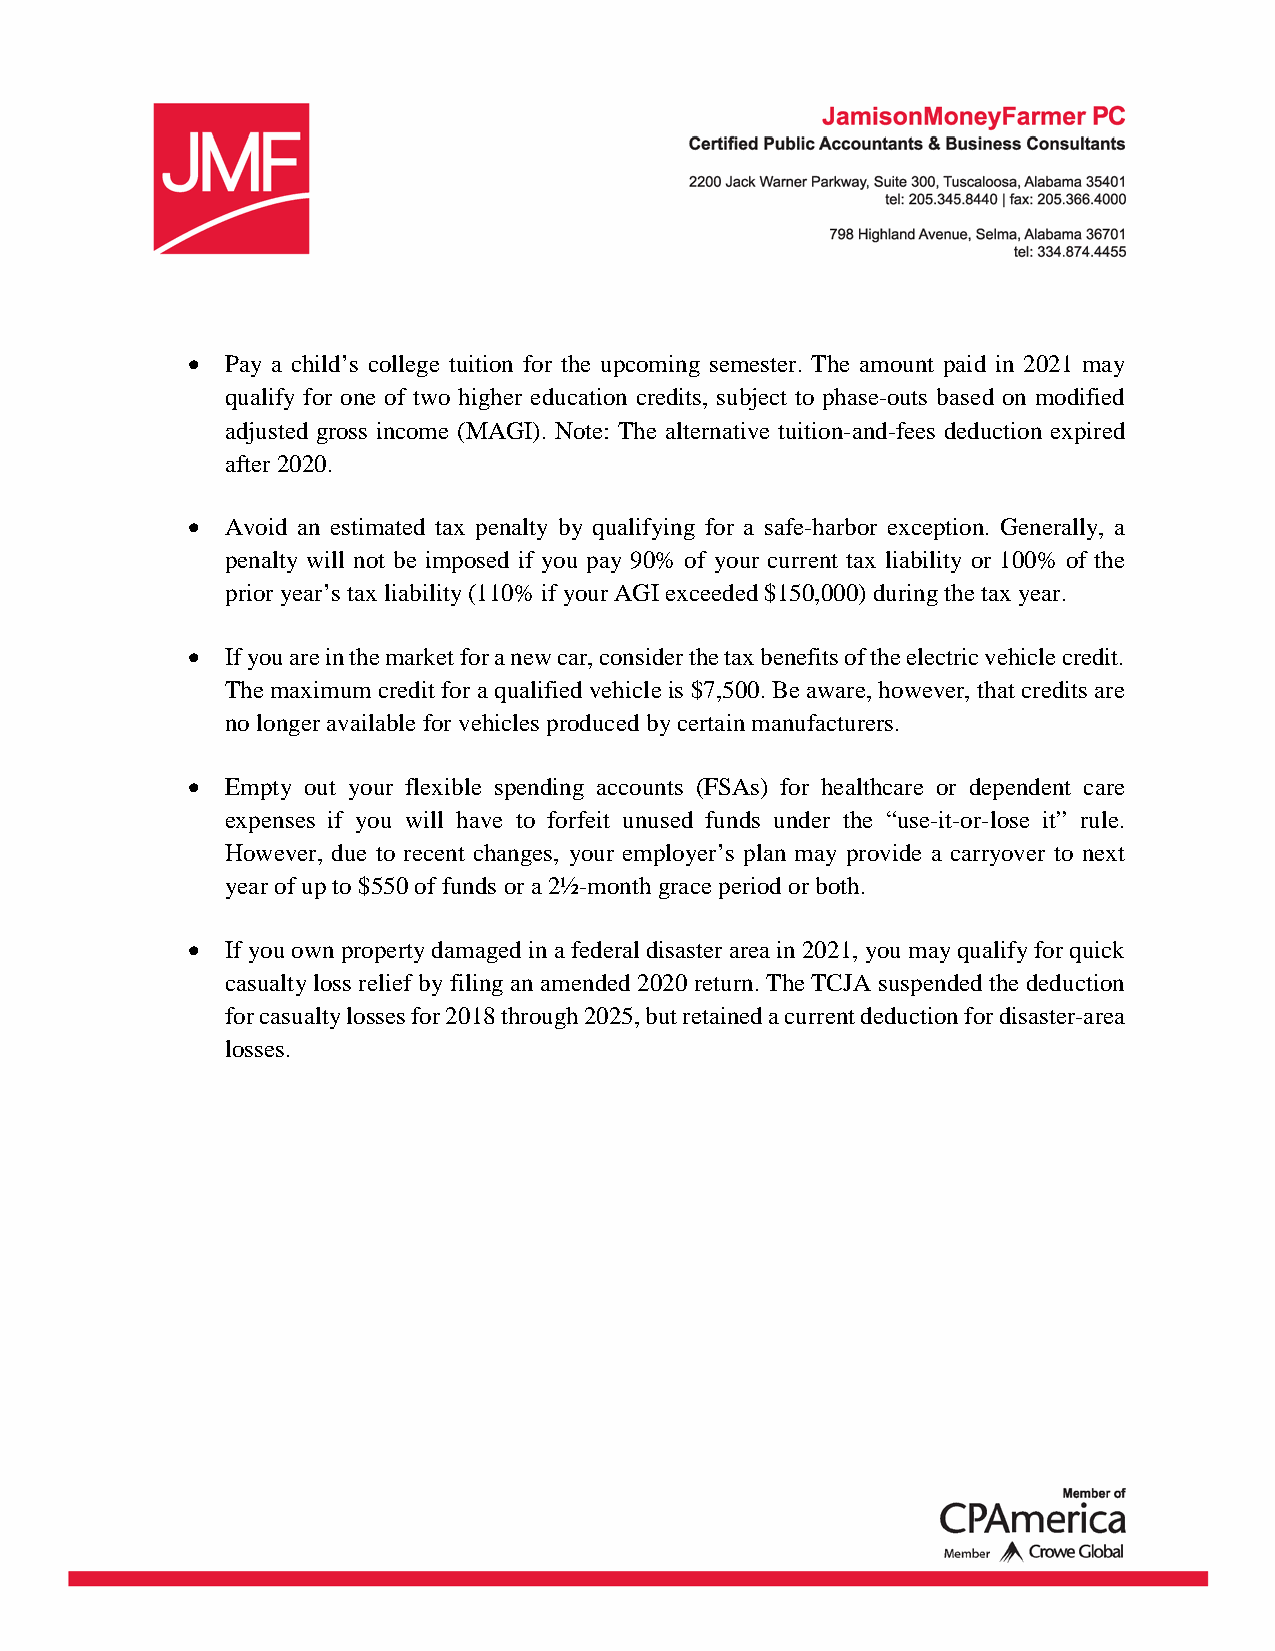
•  Pay a child’s college tuition for the upcoming semester. The amount paid in 2021 may
 qualify for one of two higher education credits, subject to phase-outs based on modified
 adjusted gross income (MAGI). Note: The alternative tuition-and-fees deduction expired
 after 2020.
 •  Avoid an estimated tax penalty by qualifying for a safe-harbor exception. Generally, a
 penalty will not be imposed if you pay 90% of your current tax liability or 100% of the
 prior year’s tax liability (110% if your AGI exceeded $150,000) during the tax year.
 •  If you are in the market for a new car, consider the tax benefits of the electric vehicle credit.
 The maximum credit for a qualified vehicle is $7,500. Be aware, however, that credits are
 no longer available for vehicles produced by certain manufacturers.
 •  Empty out your flexible spending accounts (FSAs) for healthcare or dependent care
 expenses if you will have to forfeit unused funds under the “use-it-or-lose it” rule.
 However, due to recent changes, your employer’s plan may provide a carryover to next
 year of up to $550 of funds or a 2½-month grace period or both.
 •  If you own property damaged in a federal disaster area in 2021, you may qualify for quick
 casualty loss relief by filing an amended 2020 return. The TCJA suspended the deduction
 for casualty losses for 2018 through 2025, but retained a current deduction for disaster-area
 losses.